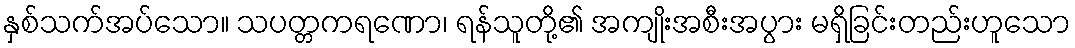
နှစ်သက်အပ်သော။ သပတ္တကရဏော၊ ရန်သူတို့၏ အကျိုးအစီးအပွား မရှိခြင်းတည်းဟူသော